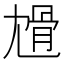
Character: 尳